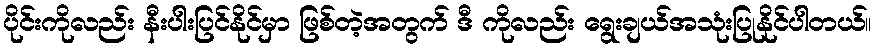
ပိုင်းကိုလည်း နီးပါးပြင်နိုင်မှာ ဖြစ်တဲ့အတွက် ဒီ ကိုလည်း ရွေးချယ်အသုံးပြုနိုင်ပါတယ်။